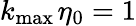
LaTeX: k_{\operatorname*{max}{}}\eta_{0}=1